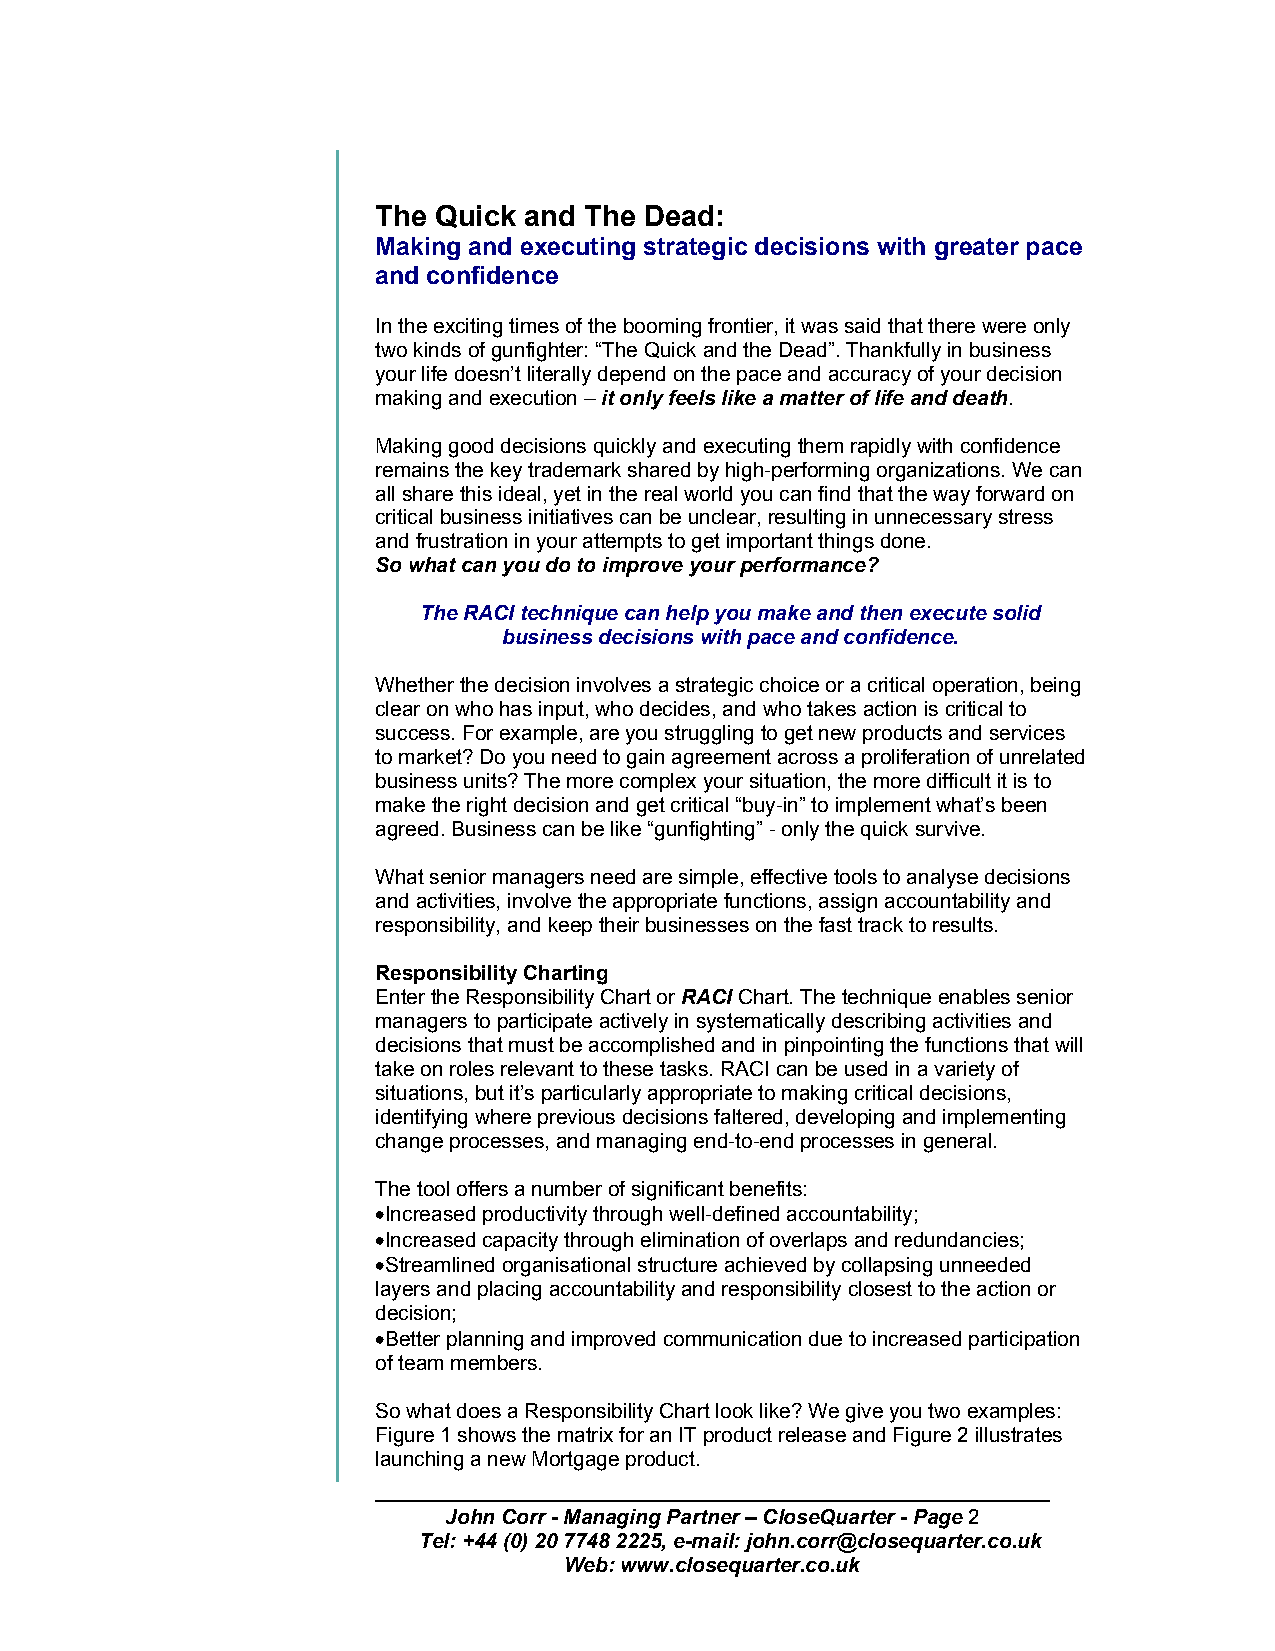
The Quick and The Dead:
 Making and executing strategic decisions with greater pace
 and confidence
 In the exciting times of the booming frontier, it was said that there were only
 two kinds of gunfighter: “The Quick and the Dead”. Thankfully in business
 your life doesn’t literally depend on the pace and accuracy of your decision
 making and execution – it only feels like a matter of life and death.
 Making good decisions quickly and executing them rapidly with confidence
 remains the key trademark shared by high-performing organizations. We can
 all share this ideal, yet in the real world you can find that the way forward on
 critical business initiatives can be unclear, resulting in unnecessary stress
 and frustration in your attempts to get important things done.
 So what can you do to improve your performance?
 The RACI technique can help you make and then execute solid
 business decisions with pace and confidence.
 Whether the decision involves a strategic choice or a critical operation, being
 clear on who has input, who decides, and who takes action is critical to
 success. For example, are you struggling to get new products and services
 to market? Do you need to gain agreement across a proliferation of unrelated
 business units? The more complex your situation, the more difficult it is to
 make the right decision and get critical “buy-in” to implement what’s been
 agreed. Business can be like “gunfighting” - only the quick survive.
 What senior managers need are simple, effective tools to analyse decisions
 and activities, involve the appropriate functions, assign accountability and
 responsibility, and keep their businesses on the fast track to results.
 Responsibility Charting
 Enter the Responsibility Chart or RACI Chart. The technique enables senior
 managers to participate actively in systematically describing activities and
 decisions that must be accomplished and in pinpointing the functions that will
 take on roles relevant to these tasks. RACI can be used in a variety of
 situations, but it’s particularly appropriate to making critical decisions,
 identifying where previous decisions faltered, developing and implementing
 change processes, and managing end-to-end processes in general.
 The tool offers a number of significant benefits:
 •Increased productivity through well-defined accountability;
 •Increased capacity through elimination of overlaps and redundancies;
 •Streamlined organisational structure achieved by collapsing unneeded
 layers and placing accountability and responsibility closest to the action or
 decision;
 •Better planning and improved communication due to increased participation
 of team members.
 So what does a Responsibility Chart look like? We give you two examples:
 Figure 1 shows the matrix for an IT product release and Figure 2 illustrates
 launching a new Mortgage product.
 John Corr - Managing Partner – CloseQuarter - Page 2
 Tel: +44 (0) 20 7748 2225, e-mail: john.corr@closequarter.co.uk
 Web: www.closequarter.co.uk